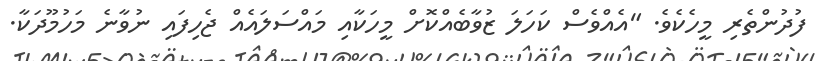
ފުދުންތެރި މީހެކެވެ. "އެއްވެސް ކަހަލަ ޒުވާބެއްކޮށް މީހަކާއި މައްސަލައެއް ޖެހިފައި ނުވާނެ މަހުމޫދަކާ.